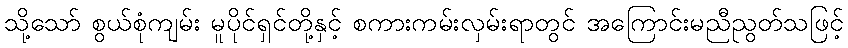
သို့သော် စွယ်စုံကျမ်း မူပိုင်ရှင်တို့နှင့် စကားကမ်းလှမ်းရာတွင် အကြောင်းမညီညွတ်သဖြင့်